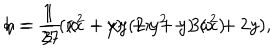
h = \frac { 1 } { 3 } \, ( x ^ { 2 } + x y + y ^ { 2 } - 3 a ^ { 2 } ) \hspace { 0 . 5 c m } q = \frac { 1 } { 2 7 } \, ( x - y ) \; ( 2 x + y ) \; ( x + 2 y ) ,